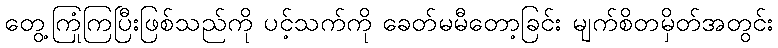
တွေ့ကြုံကြပြီးဖြစ်သည်ကို ပင့်သက်ကို ခေတ်မမီတော့ခြင်း မျက်စိတမှိတ်အတွင်း